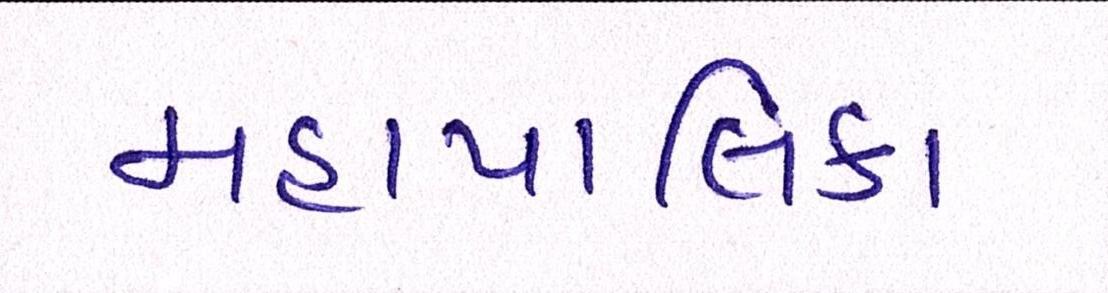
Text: મહાપાલિકા